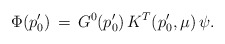
\begin{align*}\Phi(p'_0)\,=\,G^0(p'_0)\,K^T(p'_0,\mu)\,\psi.\end{align*}